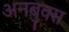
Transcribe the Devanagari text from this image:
अनबुक्स